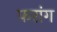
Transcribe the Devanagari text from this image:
फरांग